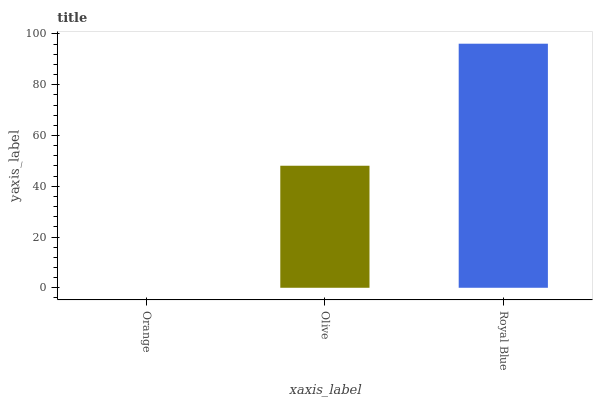
| xaxis_label | bars |
 | --- | --- |
 | Orange | 0 |
 | Olive | 48.1 |
 | Royal Blue | 96.2 |